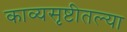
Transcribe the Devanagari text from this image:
काव्यसृष्टीतल्या